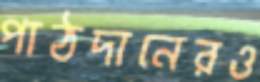
পাঠদানেরও